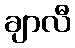
ချာလီ